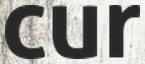
cur